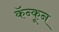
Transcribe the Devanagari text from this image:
कॅन्कून